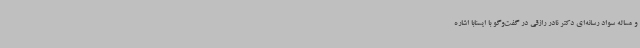
و مساله سواد رسانه‌ای دکتر نادر رازقی در گفت‌وگو با ایسنابا اشاره